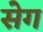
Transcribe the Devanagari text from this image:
सेग